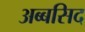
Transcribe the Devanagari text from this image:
अब्बसिद